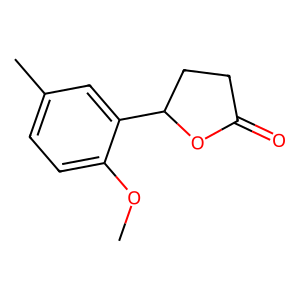
SMILES: COc1ccc(C)cc1C1CCC(=O)O1
Inhibits HIV replication: No